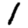
Digit: 1